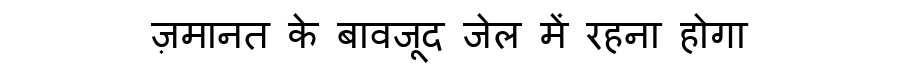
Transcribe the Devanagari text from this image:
ज़मानत के बावजूद जेल में रहना होगा